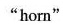
"horn"